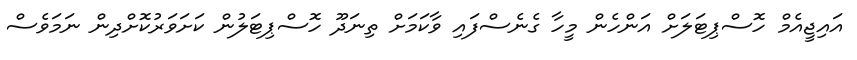
އައިޖީއެމް ހޮސްޕިޓަލަށް އަންހެން މީހާ ގެނެސްފައި ވާކަމަށް ތިނަދޫ ހޮސްޕިޓަލުން ކަށަވަރުކޮށްދިން ނަމަވެސް